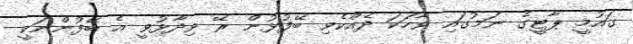
ގައުމީ ޕާޓީގެ ނަމުގައި ވާހަކަ ދެއްކެވި ބޭފުޅުން ރޭ ވިދާޅުވީ އެ ބޭފުންނަކީ